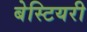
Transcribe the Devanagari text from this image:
बेस्टियरी